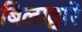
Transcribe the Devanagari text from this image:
बिलाद्वारे